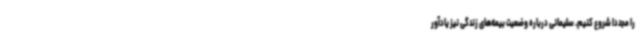
را مجددا شروع کنیم. سلیمانی درباره‌ وضعیت بیمه‌های زندگی نیز یادآور